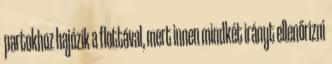
partokhoz hajózik a flottával, mert innen mindkét irányt ellenőrizni